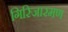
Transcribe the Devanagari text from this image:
गिरिजारमण